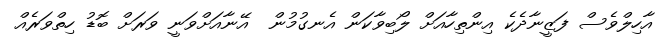
އާހިލްވެސް ފަޒީނާދެކެ އިންތިހާއަށް ލޯބިވާކަން އެނގުމުން  އޭނާއަށްވަނީ ވަރަށް ބޮޑު ހިތްވަރެއް